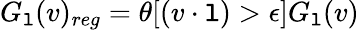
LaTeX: G_{\mathtt{l}}(v)_{reg}=\theta[(v\cdot\mathtt{l})>\epsilon]G_{\mathtt{l}}(v)